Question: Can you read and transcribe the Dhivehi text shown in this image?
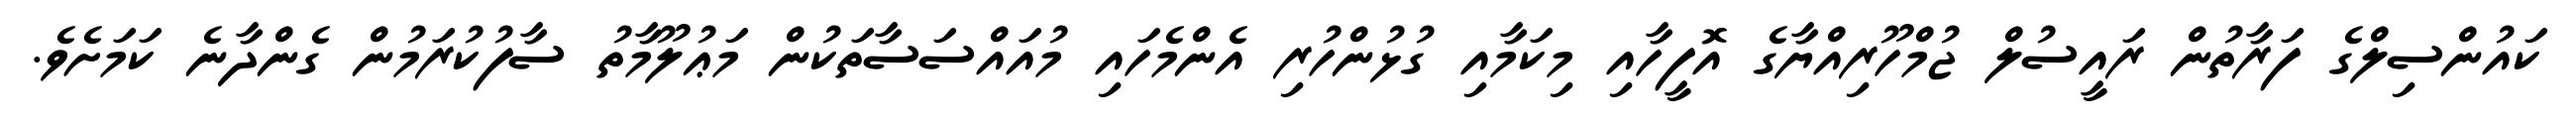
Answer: ކައުންސިލްގެ ފަރާތުން ރައީސުލް ޖުމްހޫރިއްޔާގެ އޮފީހާއި މިކަމާއި ގުޅުންހުރި އެންމެހައި މުއައްސަސާތަކުން މަޢުލޫމާތު ސާފުކުރަމުން ގެންދާނެ ކަމަށެވެ.